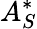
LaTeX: A_{S}^{*}